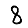
Digit: 8